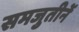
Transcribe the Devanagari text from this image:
समजुतीनें